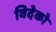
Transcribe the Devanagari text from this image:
विदेको